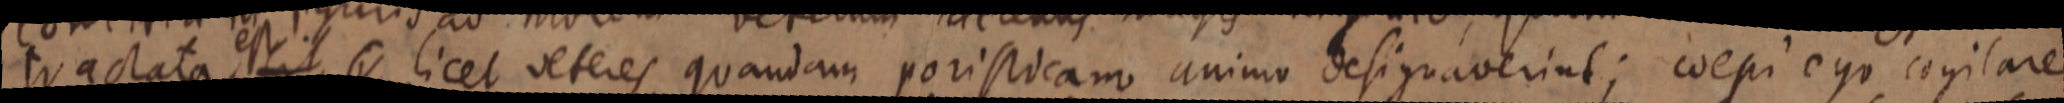
tractata est sit licet veteres quandam poristicamus animo desiguaverint; coepi ego cogitare